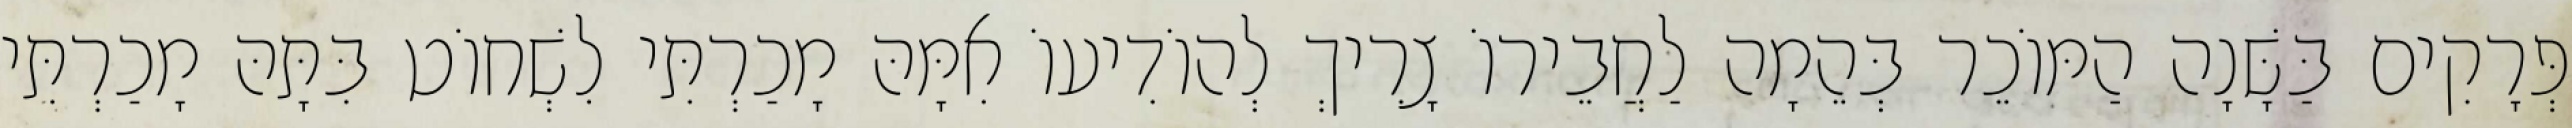
פְּרָקִים בַּשָּׁנָה הַמּוֹכֵר בְּהֵמָה לַחֲבֵירוֹ צָרִיךְ לְהוֹדִיעוֹ אִמָּהּ מָכַרְתִּי לִשְׁחוֹט בִּתָּהּ מָכַרְתִּי